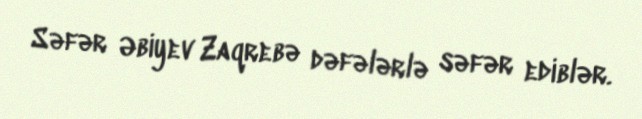
Səfər Əbiyev Zaqrebə dəfələrlə səfər ediblər.